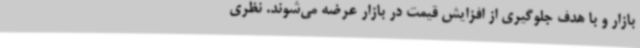
بازار و با هدف جلوگیری از افزایش قیمت در بازار عرضه می‌شوند. نظری